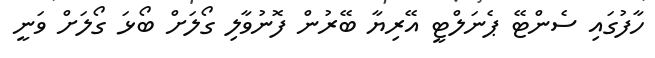
ހާފުގައި ސެންޓޭ ޕެނަލްޓީ އޭރިޔާ ބޭރުން ފޮނުވާލި ގޯލަށް ބޯޅަ ގޯލަށް ވަނީ